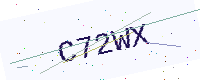
Text: C72WX